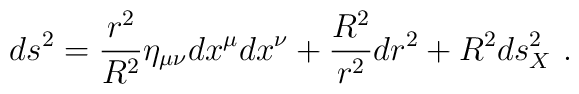
ds^2 = \frac{r^2}{R^2} \eta_{\mu\nu} dx^\mu dx^\nu + \frac{R^2}{r^2}dr^2 + R^2 ds_X^2\ .